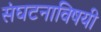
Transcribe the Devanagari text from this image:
संघटनाविषयी